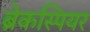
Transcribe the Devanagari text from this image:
ब्रेकस्पियर